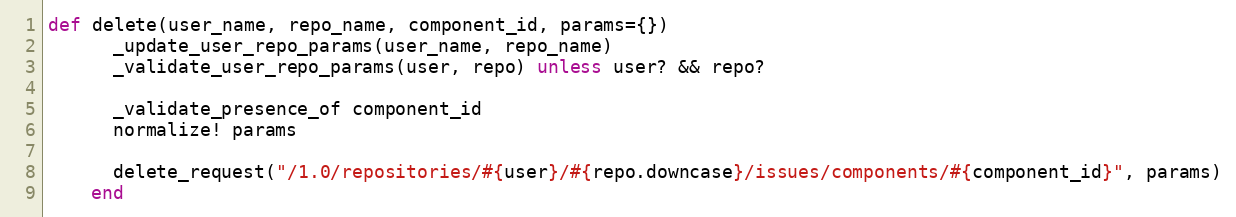
Language: Ruby
def delete(user_name, repo_name, component_id, params={})
      _update_user_repo_params(user_name, repo_name)
      _validate_user_repo_params(user, repo) unless user? && repo?

      _validate_presence_of component_id
      normalize! params

      delete_request("/1.0/repositories/#{user}/#{repo.downcase}/issues/components/#{component_id}", params)
    end